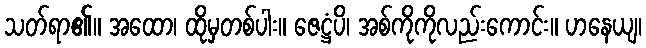
သတ်ရာ၏။ အထော၊ ထိုမှတစ်ပါး။ ဇေဋ္ဌံပိ၊ အစ်ကိုကိုလည်းကောင်း။ ဟနေယျ၊